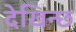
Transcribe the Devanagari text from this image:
देखिन्छ